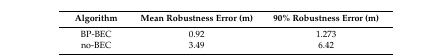
| Algorithm | Mean Robustness Error (m) | 90% Robustness Error (m) |
 | --- | --- | --- |
 | BP-BEC | 0.92 | 1.273 |
 | no-BEC | 3.49 | 6.42 |